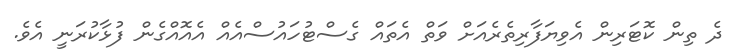
ދެ ތިން ކޮޓަރިން އެވިޔަފާރިތެރެއަށް ވަތް އެތައް ގެސްޓުހައުސްއެއް އެއޮއްގެން ފުޅާކުރަނީ އެވެ.